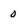
Character: 0